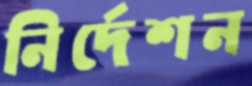
নির্দেশন